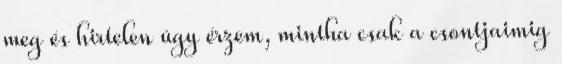
meg és hirtelen úgy érzem, mintha csak a csontjaimig